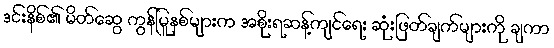
ဒင်းနိစ်၏ မိတ်ဆွေ ကွန်မြူနစ်များက အစိုးရဆန့်ကျင်ရေး ဆုံးဖြတ်ချက်များကို ချကာ